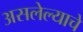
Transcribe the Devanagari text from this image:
असलेल्याचे